Annual administration report of the Civil Veterinary Department of India - 1899-1900
Year: 1899
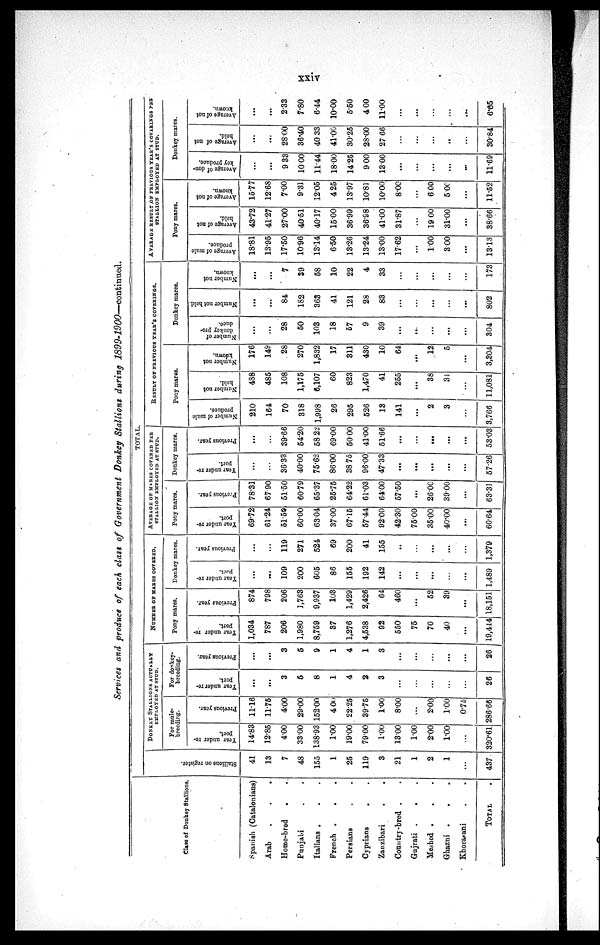
xxiv
Services and produce of each class of Government Donkey Stallions during
1899-1900—continued.
Class of Donkey Stallions.
Spanish (Catalonians)
Arab . . .
Home-bred
. .
Punjabi . .
Italians . . .
French . . .
Persians . .
Cyprians
. .
Zanzibari . .
Country-bred . .
Gujrati . . .
Meshed . . .
Ghazni . . .
Khorasani . .
TOTAL.
TOTAL
Stallions on register.
41
13
7
48
155
1
25
119
3
21
1
2
1
...
437
DONKEY STALLIONS ACTUALLY
EMPLOYED AT STUD.
For mule-
breeding.
Year under re-
port.
14.83
12.85
4.00
33.00
138.93
1.00
19.00
79.00
1.00
13.00
1.00
2.00
1.00
...
320.61
Previous year.
11.16
11.75
4.00
29.00
15200
4 00
22.25
39.75
1.00
8.00
...
2.00
1.00
0.75
286.66
For donkey-
breeding.
Y ear under re-
port.
...
...
3
5
8
1
4
2
3
...
...
...
...
...
26
Previous year.
...
...
3
5
9
1
4
1
3
...
...
...
...
...
26
NUMBER OF MARES COVERED.
Pony mares.
Year under re-
Port.
1,034
787
206
1,980
8,759
37
1,276
4,538
92
550
75
70
40
...
19,414
Previous year.
874
798
206
3,763
9,937
103
1,429
2,426
64
460
...
52
39
...
18,151
Donkey mares.
Year under re-
port.
...
...
109
200
605
86
155
192
142
...
...
...
...
...
1,489
Previous year.
...
...
119
271
524
69
200
41
155
...
...
...
...
...
1,379
AVERAGE OF MAKES COVERED PER
STALLION EMPLOYED AT STUD.
Pony mares.
Year under re-
port.
69.72
61.24
51.50
60.00
63.04
37.00
67.15
57.44
92.00
42.30
75.00
35.00
40.00
...
60.64
Previous year.
78.31
6790
51.50
60.79
65.37
25.75
64.22
61.03
64.00
57.50
...
26.00
3900
...
63.31
Donkey mares.
Year under re-
port.
...
...
36.33
40.00
75.62
86.00
38 75
96.00
47.33
...
...
...
...
...
57.26
Previous year.
...
...
39.66
54.20
58 22
69.00
50.00
41.00
51.66
...
...
...
...
...
53.03
RESULT OF PREVIOUS YEAR'S COVERINGS.
Pony mares.
Number of mule
produce.
210
164
70
318
1,998
26
295
526
13
141
...
2
3
...
3,766
Number not
held.
488
485
108
1,175
6,107
60
823
1,470
41
255
...
38
31
...
11,081
1 Number not
known.
176
149
28
270
1,832
17
311
430
10
64
...
12
5
...
3,304
Donkey mares.
Number of
donkey pro-
duce.
...
...
28
50
103
18
57
9
39
...
...
...
...
...
304
Number not held.
...
...
84
182
363
41
121
28
83
...
...
...
...
...
802
Number not
known.
...
...
7
39
58
10
22
4
33
...
...
...
...
...
173
AVERAGE RESULT OF PREVIOUS YEAR'S COVERINGS PER
STALLION EMPLOYED AT STUD.
Pony mares.
Average of mule
produce.
18.81
13.95
17.50
10.96
13.14
6.50
13.26
13.24
13.00
17.62
...
1.00
300
...
13.13
Average of not
held.
43.72
4127
27.00
40.51
40.17
15.00
36.99
36.98
41.00
31.87
...
19 00
31.00
...
38.66
Average of not
known.
15.77
12.68
7.00
9.31
12.05
4 25
13.97
10.81
10.00
8.00
...
6 00
5.00
...
11.52
Donkey mares.
Average of don-
key produce.
...
...
9 33
10.00
11.44
18.00
14.25
9 00
1300
...
...
...
...
...
11.69
Average of not
held.
...
...
28.00
36.40
40 33
41.00
30.25
28.00
27 66
...
...
...
..
...
30.84
Average of not
known.
...
...
2.33
7.80
6.44
10.00
5.50
4 00
11.00
...
...
...
...
...
6.65